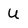
Character: U